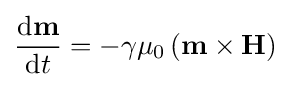
{\frac {\mathrm {d} \mathbf {m} }{\mathrm {d} t}}=-\gamma \mu _{0}\left(\mathbf {m} \times \mathbf {H} \right)